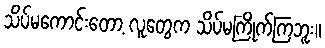
သိပ်မကောင်းတော့ လူတွေက သိပ်မကြိုက်ကြဘူး။